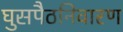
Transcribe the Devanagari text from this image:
घुसपैठनिवारण